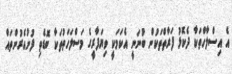
އެ އިސްލާހްތަކާ ދެކޮޅު ފަރާތްތަކުން ބުނަނީ އެކަމަކީ ވިޔަފާރީގެ މަސްލަހަތުތަކާ ބޮޑެތި ފުށުއެރުންތައް